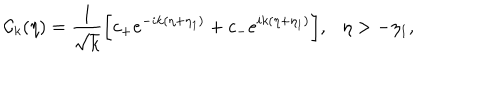
LaTeX: { \cal C } _ { k } ( \eta ) = \frac { 1 } { \sqrt { k } } \biggl [ c _ { + } e ^ { - i k ( \eta + \eta _ { 1 } ) } + c _ { - } e ^ { i k ( \eta + \eta _ { 1 } ) } \biggr ] , \eta > - \eta _ { 1 } ,